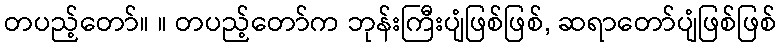
တပည့်တော်။ ။ တပည့်တော်က ဘုန်းကြီးပျံဖြစ်ဖြစ်, ဆရာတော်ပျံဖြစ်ဖြစ်